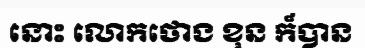
នោះ លោកថោង ខុន ក៏បាន